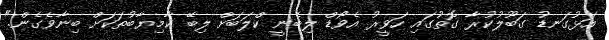
އަޅުގަނޑު ގަބޫލުކުރާ ގޮތުގައި ހަވީރު އެވޯޑް ލިބެނީ ކްލަބަށް ލިބޭ ކާމިޔާބުތަކަށް ބިނާވެގެން."